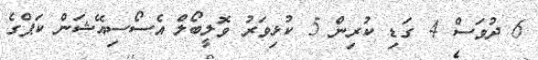
6 ދުވަސް 4 ގަޑި ކުރިން 5 ކުޅިވަރު ވޮލީބޯލް އެސޯސިއޭޝަން ކަޕްގެ